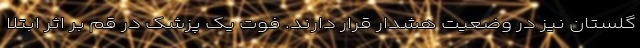
گلستان نیز در وضعیت هشدار قرار دارند. فوت یک پزشک در قم بر اثر ابتلا